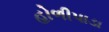
હોળીપાડા